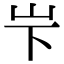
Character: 𪨢